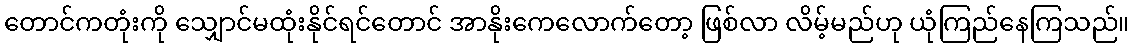
တောင်ကတုံးကို သျှောင်မထုံးနိုင်ရင်တောင် အာနိုးကေလောက်တော့ ဖြစ်လာ လိမ့်မည်ဟု ယုံကြည်နေကြသည်။